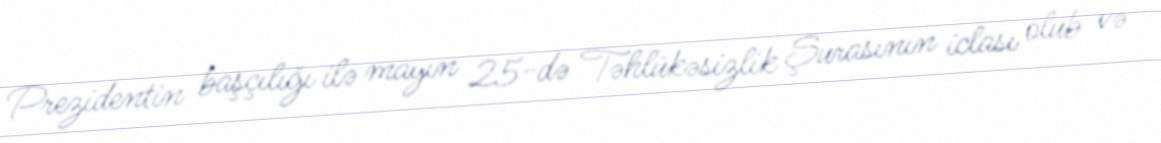
Prezidentin başçılığı ilə mayın 25-də Təhlükəsizlik Şurasının iclası olub və